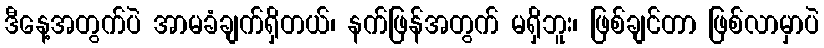
ဒီနေ့အတွက်ပဲ အာမခံချက်ရှိတယ်၊ နက်ဖြန်အတွက် မရှိဘူး၊ ဖြစ်ချင်တာ ဖြစ်လာမှာပဲ